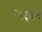
ગફાર